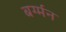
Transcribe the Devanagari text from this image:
बर्ग्मन